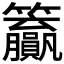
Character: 𬖊